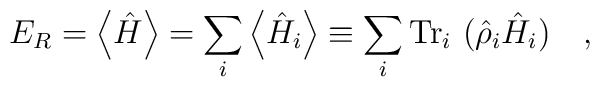
E_R=\left\langle \hat{H} \right\rangle=\sum_i\left\langle \hat{H}_i \right\rangle\equiv\sum_i\mbox{Tr}_i~(\hat{\rho}_i \hat{H}_i)~~~,